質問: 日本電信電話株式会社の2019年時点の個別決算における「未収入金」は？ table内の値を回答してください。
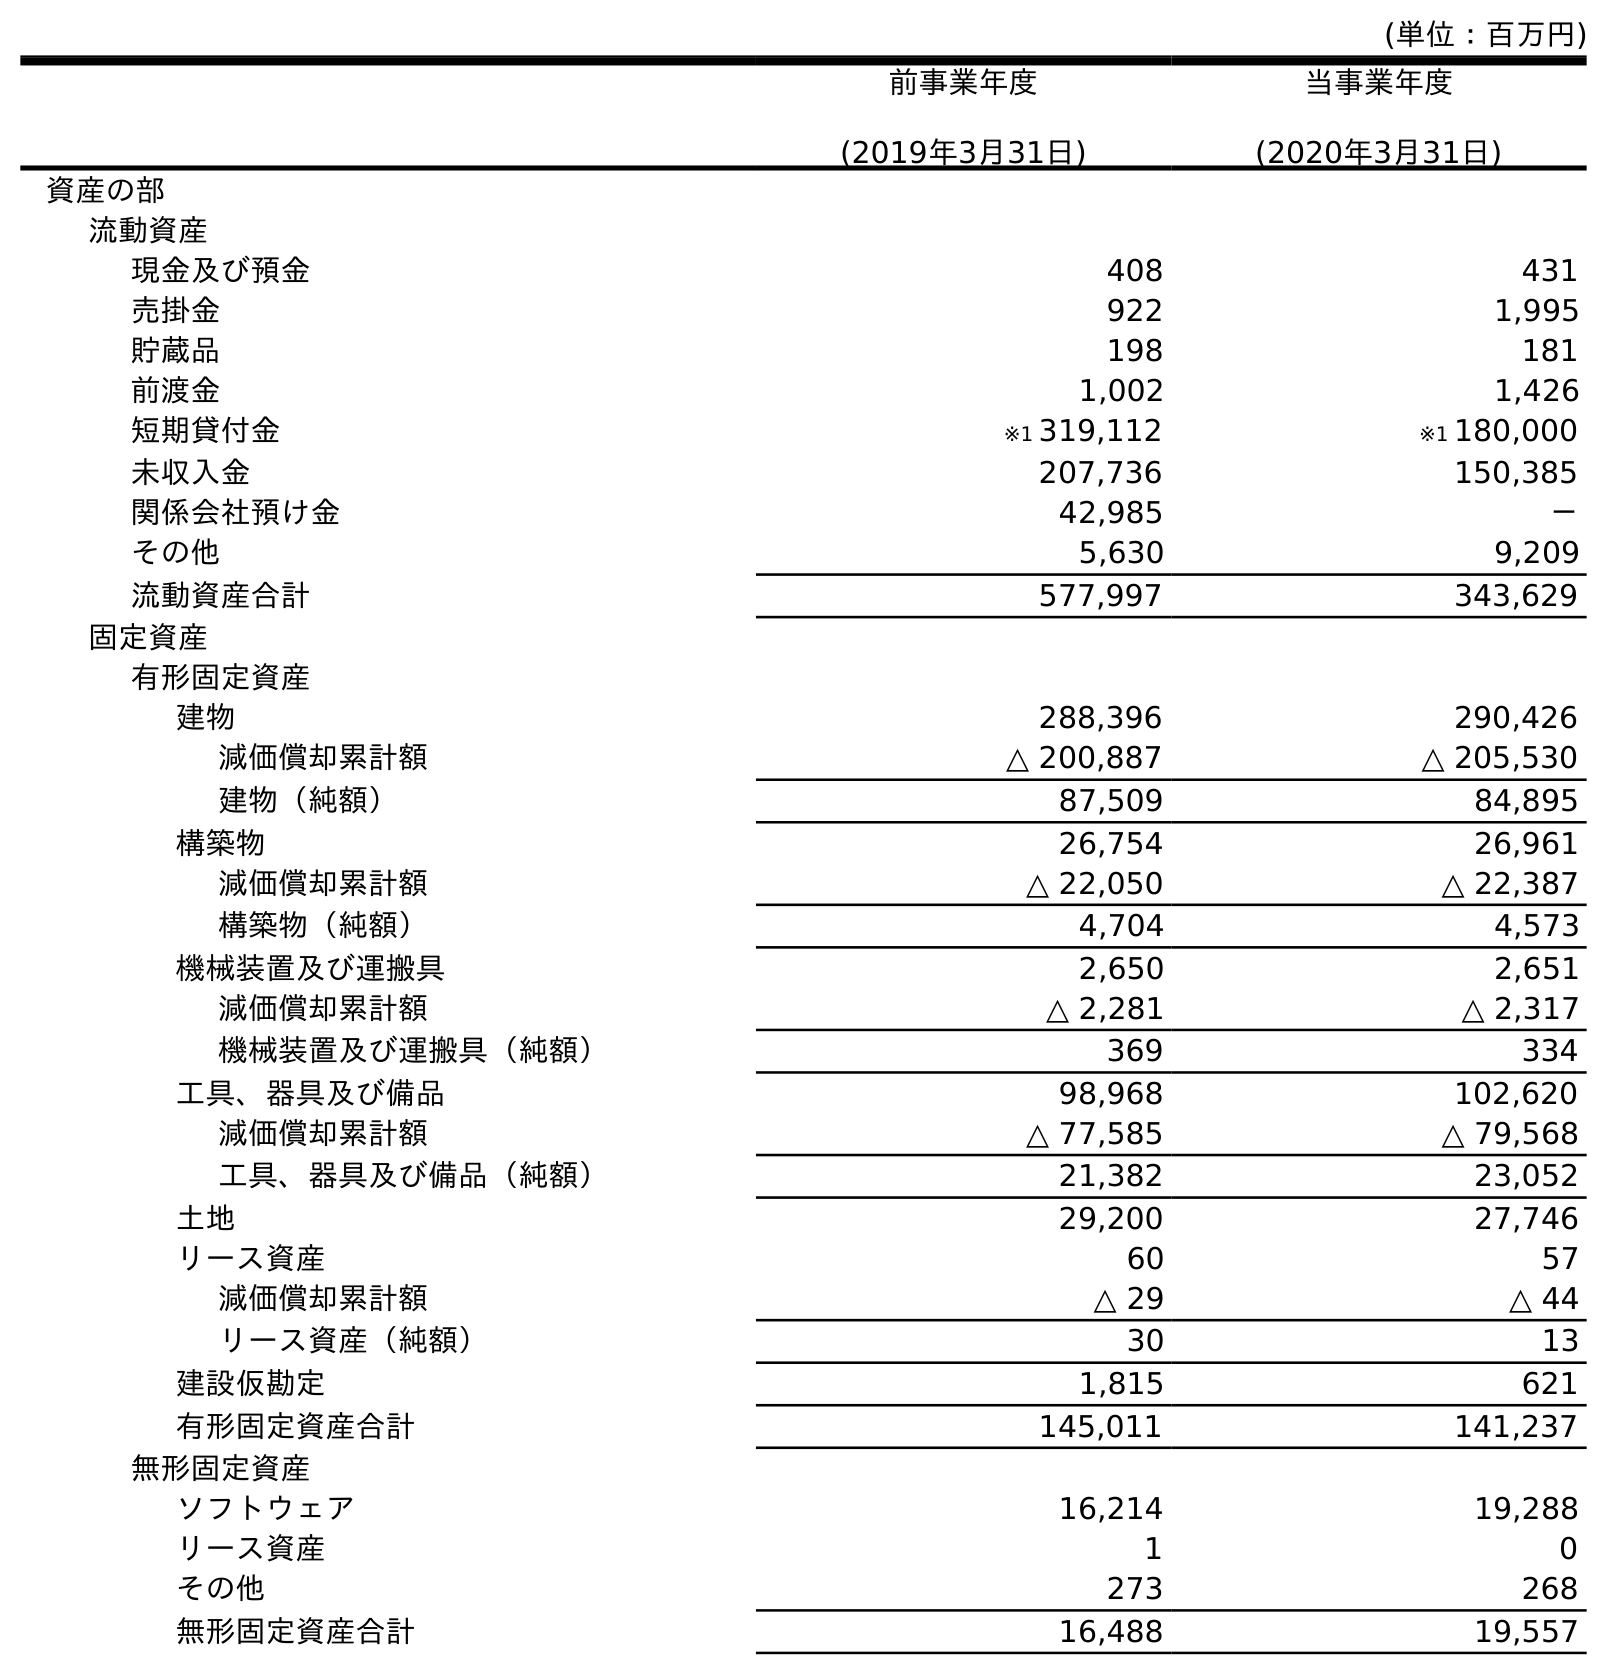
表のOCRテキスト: (単位：百万円) 前事業年度 (2019年3月31日) 当事業年度 (2020年3月31日) 資産の部 流動資産 現金及び預金 408 431 売掛金 922 1,995 貯蔵品 198 181 前渡金 1,002 1,426 短期貸付金 ※1 319,112 ※1 180,000 未収入金 207,736 150,385 関係会社預け金 42,985 － その他 5,630 9,209 流動資産合計 577,997 343,629 固定資産 有形固定資産 建物 288,396 290,426 減価償却累計額 △ 200,887 △ 205,530 建物（純額） 87,509 84,895 構築物 26,754 26,961 減価償却累計額 △ 22,050 △ 22,387 構築物（純額） 4,704 4,573 機械装置及び運搬具 2,650 2,651 減価償却累計額 △ 2,281 △ 2,317 機械装置及び運搬具（純額） 369 334 工具、器具及び備品 98,968 102,620 減価償却累計額 △ 77,585 △ 79,568 工具、器具及び備品（純額） 21,382 23,052 土地 29,200 27,746 リース資産 60 57 減価償却累計額 △ 29 △ 44 リース資産（純額） 30 13 建設仮勘定 1,815 621 有形固定資産合計 145,011 141,237 無形固定資産 ソフトウェア 16,214 19,288 リース資産 1 0 その他 273 268 無形固定資産合計 16,488 19,557
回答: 207,736